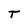
Character: T